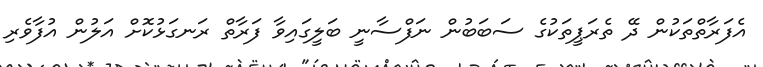
އެފަރާތްތަކުން ދޭ ތެރަޕީތަކުގެ ސަބަބުން ނަފްސާނީ ބަލީގައިވާ ފަރާތް ރަނގަޅުކޮށް އަލުން އުފާވެރި